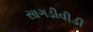
સાગડીવીડી